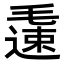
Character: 𨖧